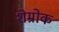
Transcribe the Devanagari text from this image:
शेम्रोक